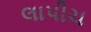
લાપીચ